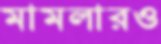
মামলারও